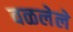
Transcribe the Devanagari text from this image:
वळलेले